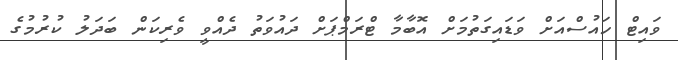
ވައިޓް ހައުސްއަށް ވަޑައިގަތުމަށް އޮބާމާ ޓްރަމްޕަށް ދައުވަތު ދެއްވީ ވެރިކަން ބަދަލު ކުރުމުގެ